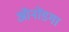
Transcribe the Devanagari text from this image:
ऑनोंडगा